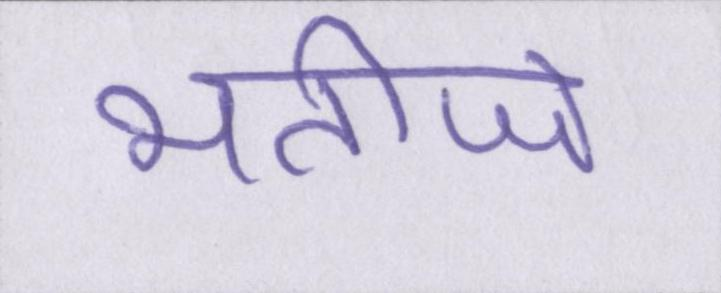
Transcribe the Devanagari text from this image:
भतीजे